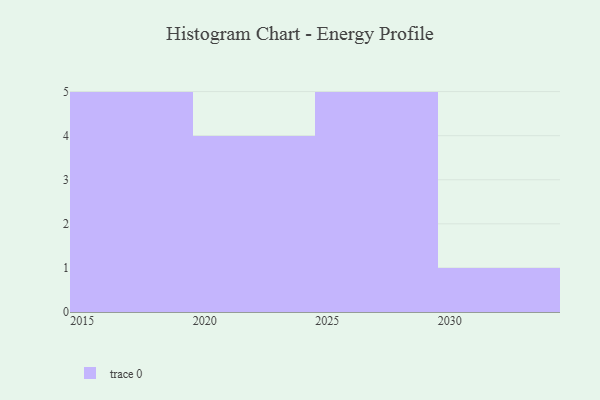
{"axis": {"x": "Year", "y": "Revenue (USD Million)"}, "legend": [""], "data": [{"x": "2019", "y": 81, "type": ""}, {"x": "2015", "y": 100, "type": ""}, {"x": "2018", "y": 86, "type": ""}, {"x": "2026", "y": 97, "type": ""}, {"x": "2020", "y": 51, "type": ""}, {"x": "2023", "y": 5, "type": ""}, {"x": "2017", "y": 77, "type": ""}, {"x": "2027", "y": 15, "type": ""}, {"x": "2030", "y": 53, "type": ""}, {"x": "2021", "y": 53, "type": ""}, {"x": "2029", "y": 66, "type": ""}, {"x": "2025", "y": 90, "type": ""}, {"x": "2028", "y": 44, "type": ""}, {"x": "2024", "y": 51, "type": ""}, {"x": "2016", "y": 66, "type": ""}]}